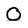
Character: O